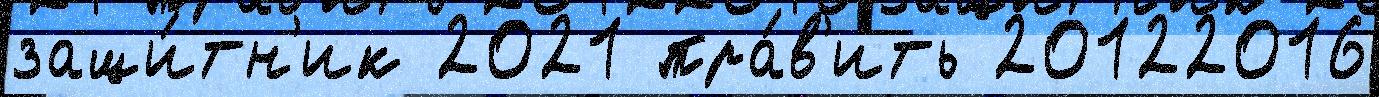
защи́тн'ик 2021 пра́в'ить 20122016